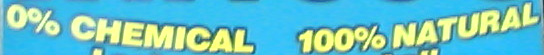
0% CHEMICAL 100%NATURAL